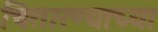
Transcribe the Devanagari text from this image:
चितारण्याच्या